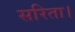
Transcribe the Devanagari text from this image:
सरिता।